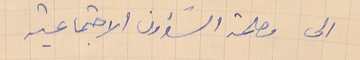
الى مصلحة الشؤون الاجتماعية